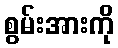
စွမ်းအားကို